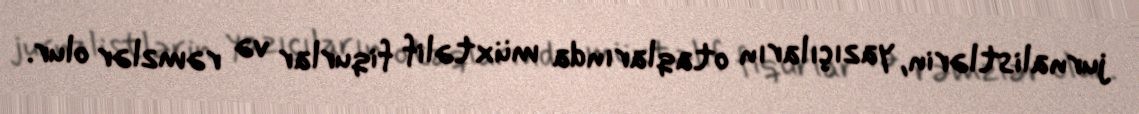
jurnalistlərin, yazıçıların otaqlarında müxtəlif fiqurlar və rəmzlər olur.